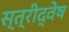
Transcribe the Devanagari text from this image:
स्त्रीद्वेष